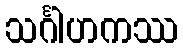
သင်္ဂါဟကဿ